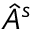
\hat { A } ^ { s }